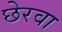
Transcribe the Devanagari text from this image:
छेरवा